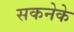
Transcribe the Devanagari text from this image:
सकनेके